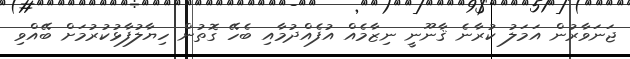
ޖަނަވާރުން އަމަލު ކުރާނެ ޤާނޫނީ ނިޒާމެއް އުފެއްދުމާއި ބެހޭ ގޮތުން ހިޔާލުފާޅުކުރުމަށް ބޭއްވި